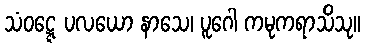
သံဝဋ္ဋေ ပလယော နာသေ၊ ပူဂေါ ကမုကရာသိသု။